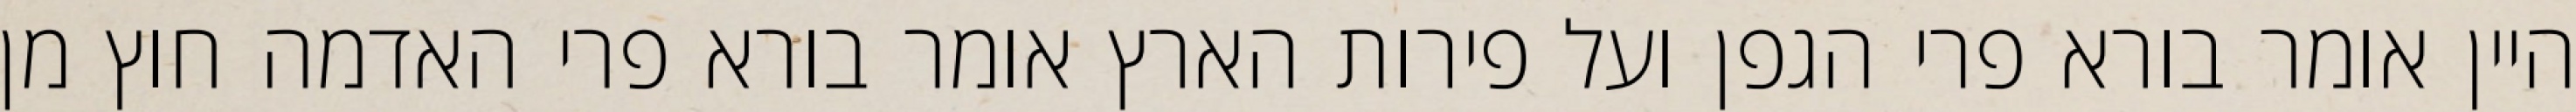
היין אומר בורא פרי הגפן ועל פירות הארץ אומר בורא פרי האדמה חוץ מן